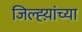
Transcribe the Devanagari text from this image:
जिल्ह्य़ांच्या